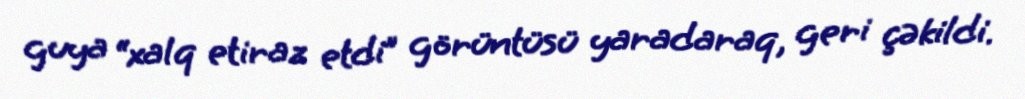
guya “xalq etiraz etdi” görüntüsü yaradaraq, geri çəkildi.